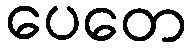
ပေတေ